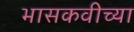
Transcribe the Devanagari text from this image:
भासकवीच्या